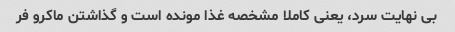
بی نهایت سرد، یعنی کاملا مشخصه غذا مونده است و گذاشتن ماکرو فر